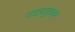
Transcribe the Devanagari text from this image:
पदच्युतकर